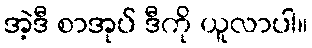
အဲ့ဒီ စာအုပ် ဒီကို ယူလာပါ။